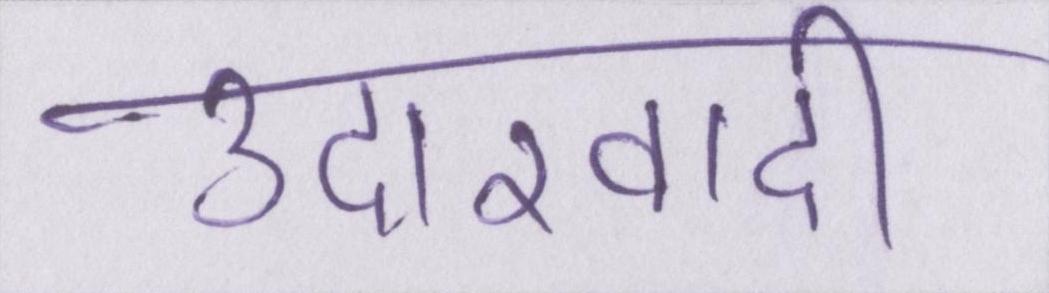
उदारवादी